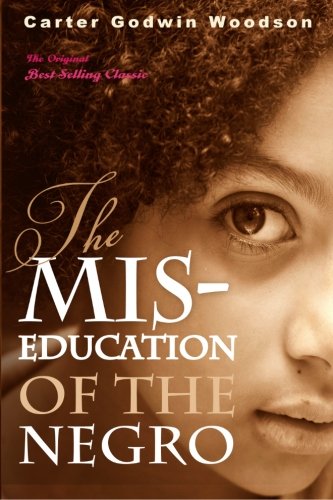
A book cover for The Mis-Education of the Negro; Carter Godwin Woodson; Politics & Social Sciences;